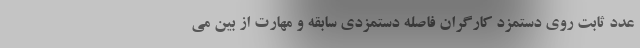
عدد ثابت روی دستمزد کارگران فاصله دستمزدی سابقه و مهارت از بین می